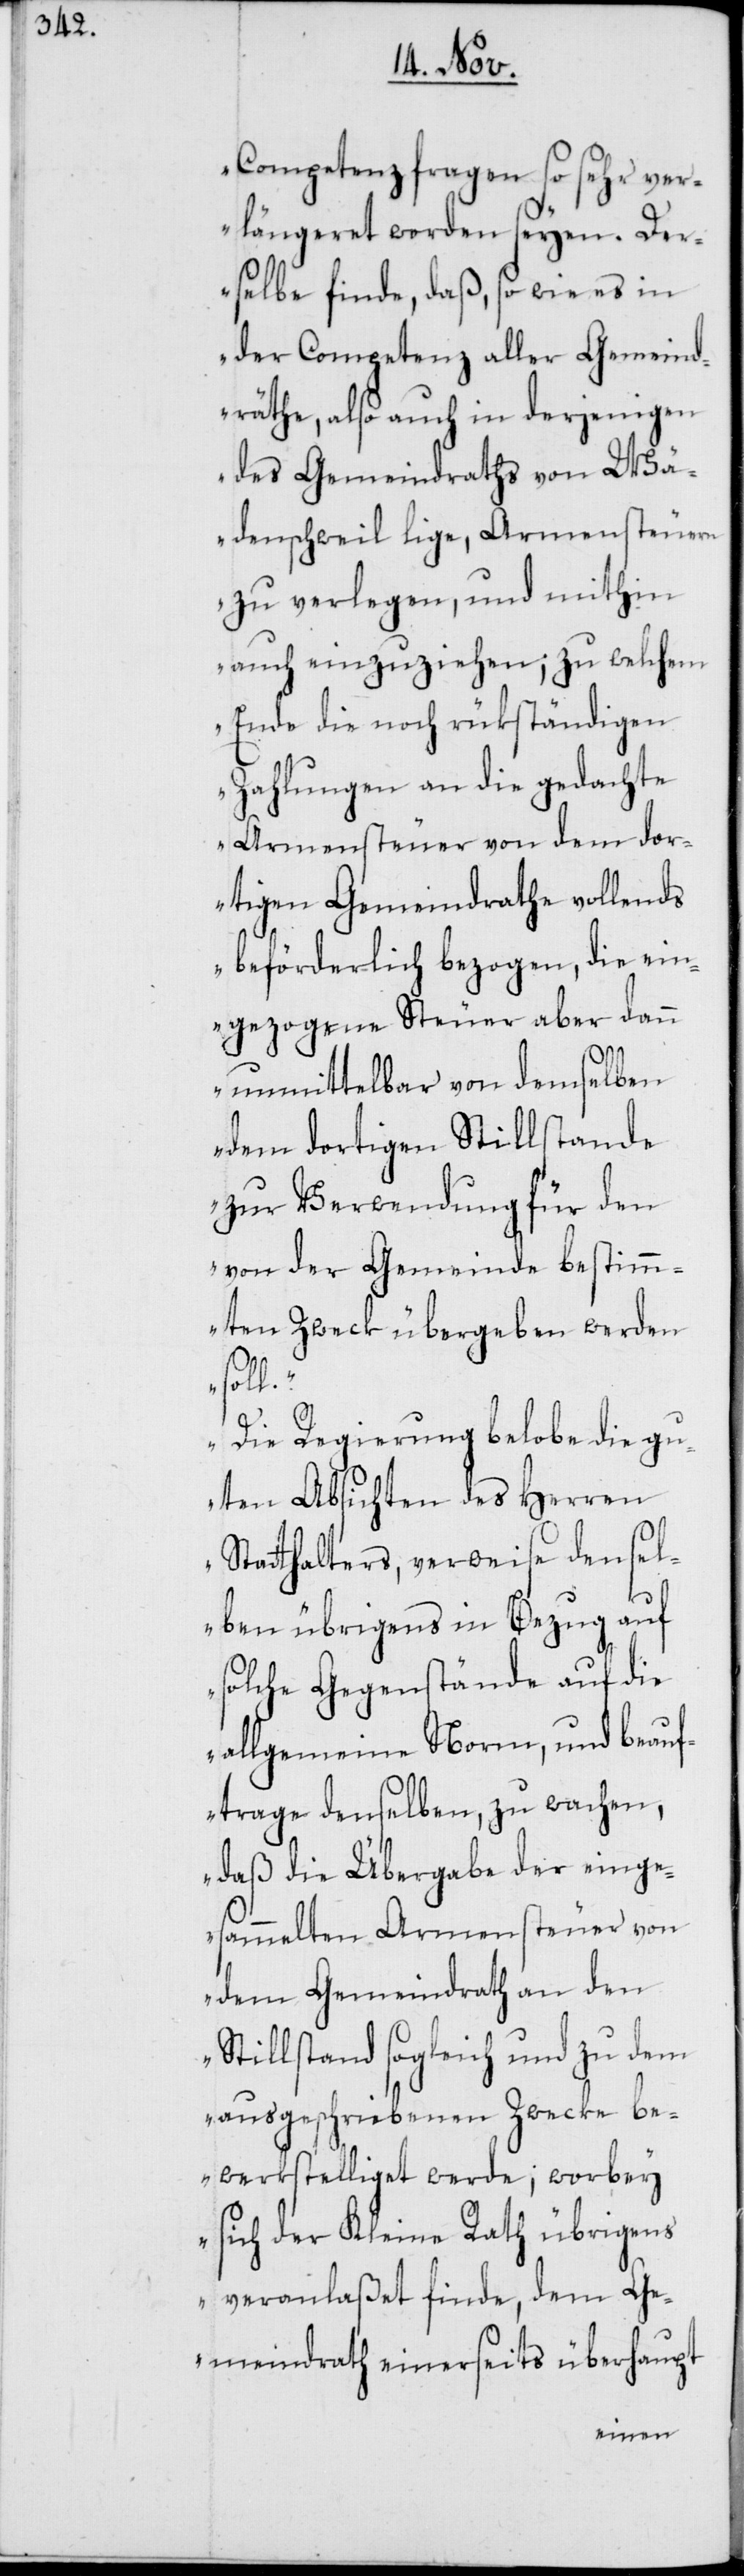
Competenzfragen so sehr ver¬
längeret worden seyen. De¬
rselbe finde, daß, so wie es in
der Competenz aller Gemeind¬
räthe, also auch in derjenigen
des Gemeindraths von Wä¬
denschweil lige, Armensteuern
zu verlegen, und mithin
auch einzuziehen; zu welchem
Ende die noch rükständigen
Zahlungen an die gedachte
Armensteuer von dem dor¬
tigen Gemeindrathe vollends
beförderlich bezogen, die ein¬
gezogene Steuer aber dann
unmittelbar von demselben
dem dortigen Stillstande
zur Verwendung für den
von der Gemeinde bestimm¬
ten Zweck übergeben werden
soll.
Die Regierung belobe die gu¬
ten Absichten des Herren
Statthalters, verweise densel¬
ben übrigens in Bezug auf
solche Gegenstände auf die
allgemeine Norm, und beauf¬
trage denselben, zu wachen,
daß die Übergabe der einge¬
sammelten Armensteuer von
dem Gemeindrath an den
Stillstand sogleich und zu dem
ausgeschriebenen Zwecke be¬
werkstelliget werde; worbey
sich der Kleine Rath übrigens
veranlaßet finde, dem Ge¬
meindrath einerseits überhaupt